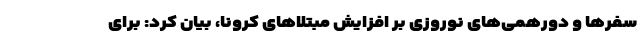
سفرها و دورهمی‌های نوروزی بر افزایش مبتلاهای کرونا، بیان کرد: برای